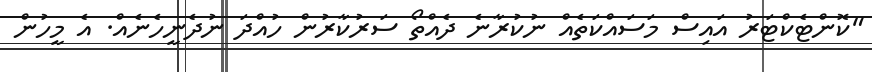
"ކޮންޓެކްޓަރު އައިސް މަސައްކަތެއް ނުކުރާނެ ދެއްތޯ ސަރުކާރުން ހުއްދަ ނުދެނީހެނެއް. އެ މީހުން